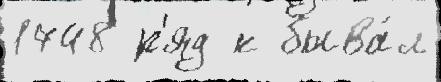
1748 р'яд к быва́л